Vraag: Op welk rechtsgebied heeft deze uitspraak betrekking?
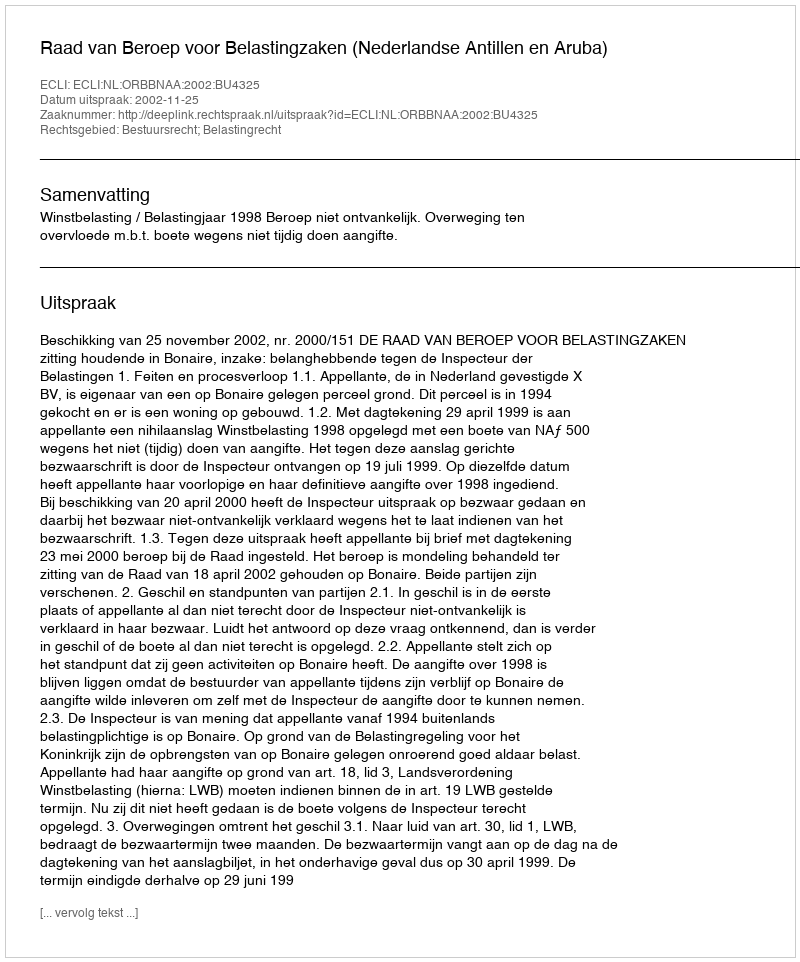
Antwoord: Bestuursrecht; Belastingrecht